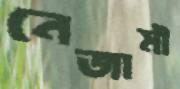
নেজামী